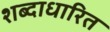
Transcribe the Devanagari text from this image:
शब्दाधारित